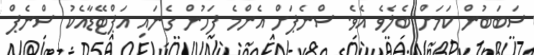
ސަބަބުން ކަމަށް ބެލެވެ އެވެ. ސްނެޕަށް އެންމެ ފަހުން ގެނައި އަޕްޓޭޑާއެކު ސްނެޕް